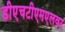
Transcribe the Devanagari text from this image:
डीएचटीएमएलवर